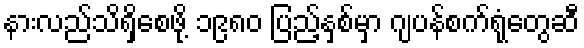
နားလည်သိရှိစေဖို့ ၁၉၈၀ ပြည့်နှစ်မှာ ဂျပန်စက်ရုံတွေဆီ